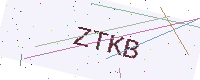
Text: ZTKB